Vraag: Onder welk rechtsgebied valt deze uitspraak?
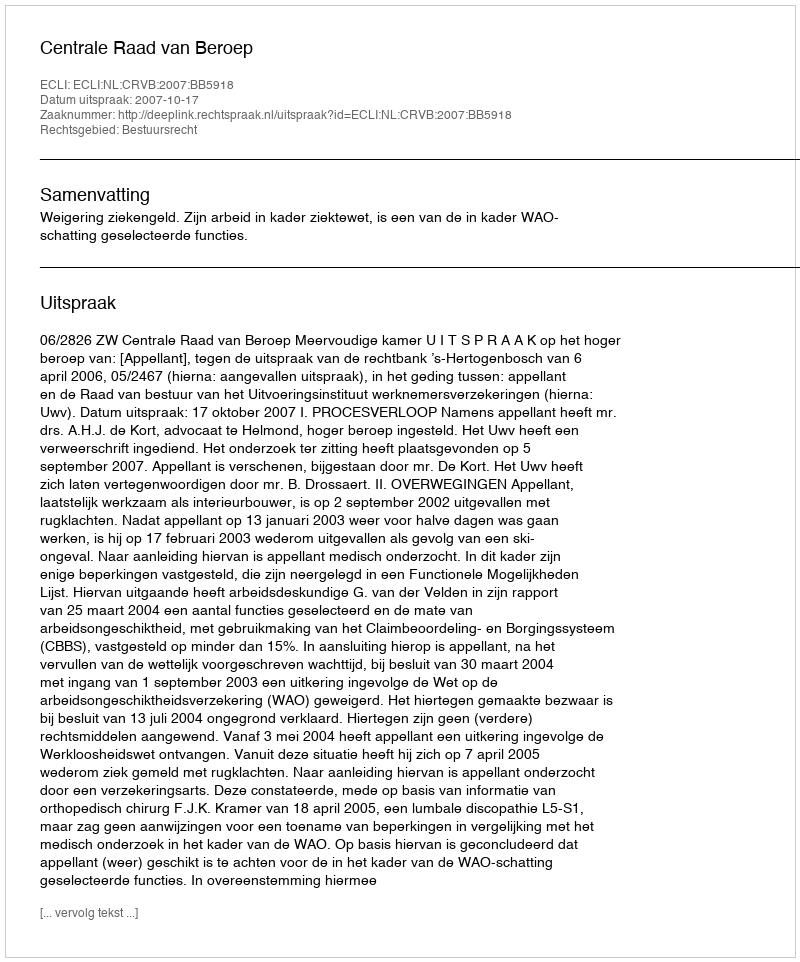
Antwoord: Bestuursrecht